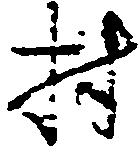
村